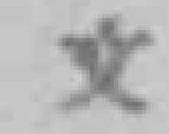
文